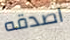
اصدقه